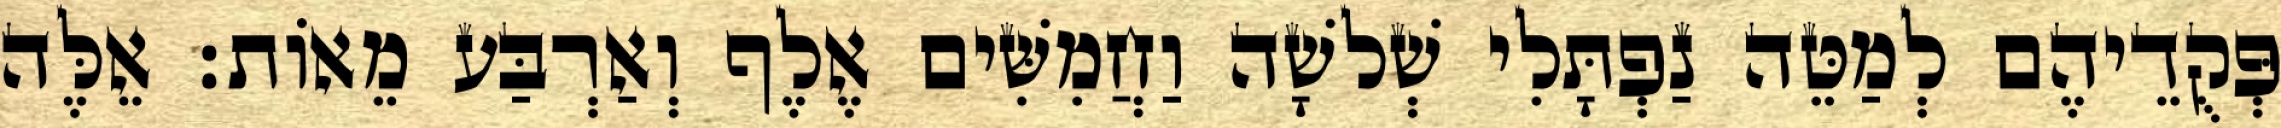
פְּקֻדֵיהֶם לְמַטֵּה נַפְתָּלִי שְׁלשָׁה וַחֲמִשִּׁים אֶלֶף וְאַרְבַּע מֵאוֹת׃ אֵלֶּה